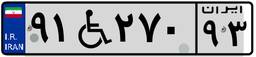
۹۱W۲۷۰۹۳